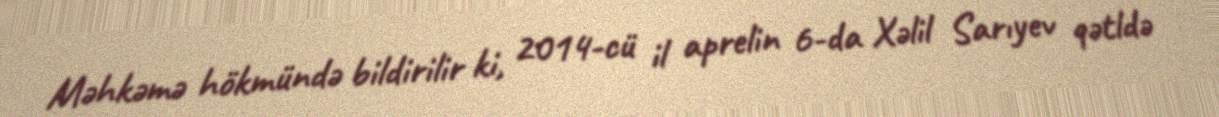
Məhkəmə hökmündə bildirilir ki, 2014-cü il aprelin 6-da Xəlil Sarıyev qətldə